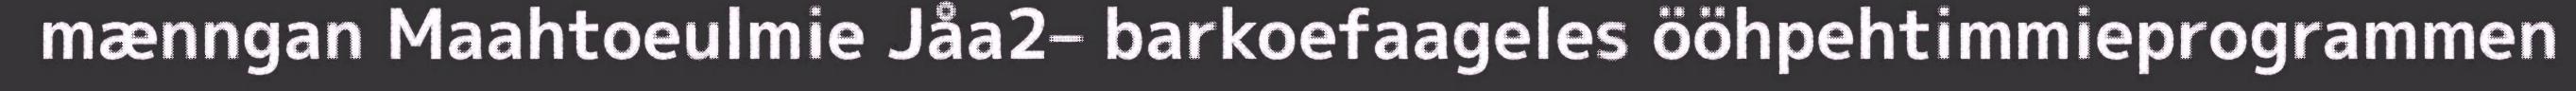
mænngan Maahtoeulmie Jåa2– barkoefaageles ööhpehtimmieprogrammen